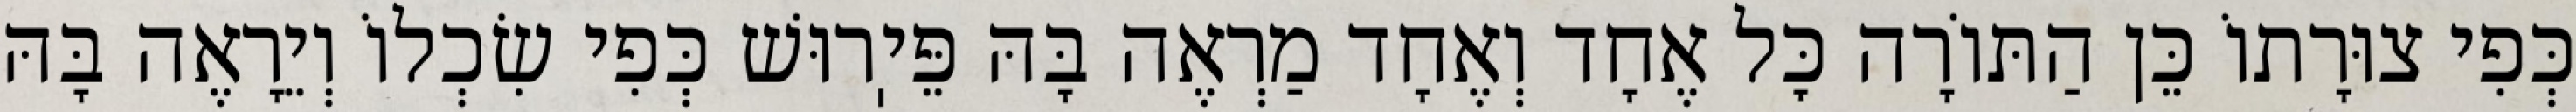
כְּפִי צוּרָתוֹ כֵּן הַתּוֹרָה כׇּל אֶחָד וְאֶחָד מַרְאֶה בָּהּ פֵּיֽרוּשׁ כְּפִי שִׂכְלוֹ וְיֵרָאֶה בָּהּ